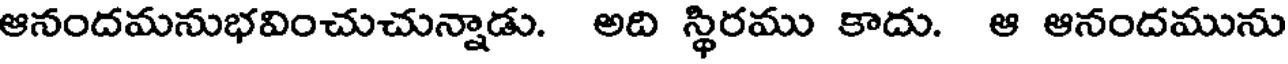
ఆనందమనుభవించుచున్నాడు. అది స్థిరము కాదు. ఆ ఆనందమును